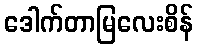
ဒေါက်တာမြလေးစိန်